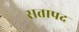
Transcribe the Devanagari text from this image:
सत्तापद